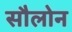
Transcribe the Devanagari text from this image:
सौलोन